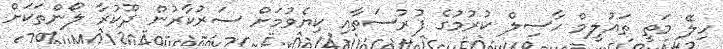
ހިލޭ މަތީ ތައުލީމް ހާސިލް ކުރުމުގެ ފުރުސަތާއި ކިޔެވުމަށް ސަރުކާރުން ދޫކުރާ ލޯންތަކަށް